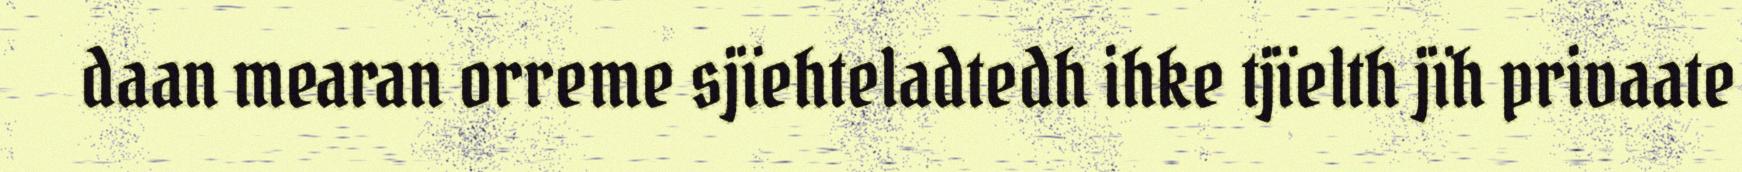
daan mearan orreme sjïehteladtedh ihke tjïelth jïh privaate